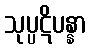
သုပ္ပဋိပန္နာ